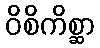
ဝိစိကိစ္ဆာ